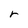
Character: r